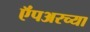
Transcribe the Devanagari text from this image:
ऍंपअरच्या